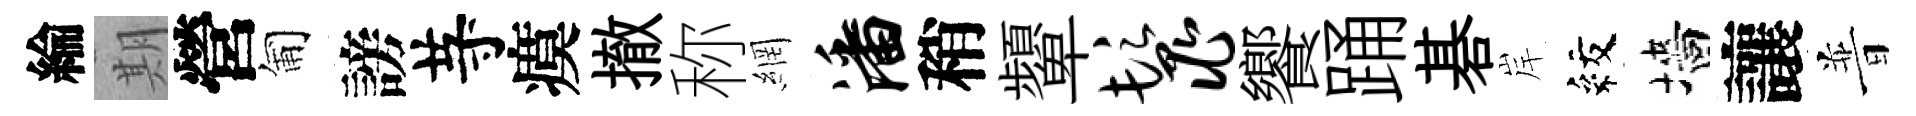
綸期營匍謗䒭瘼撤称網潘稍顰鬣饗踊碁岸紋墻讓普